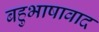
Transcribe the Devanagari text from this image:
बहुभाषावाद